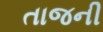
તાજની